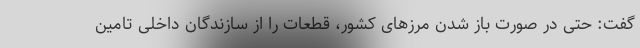
گفت: حتی در صورت باز شدن مرزهای کشور، قطعات را از سازندگان داخلی تامین